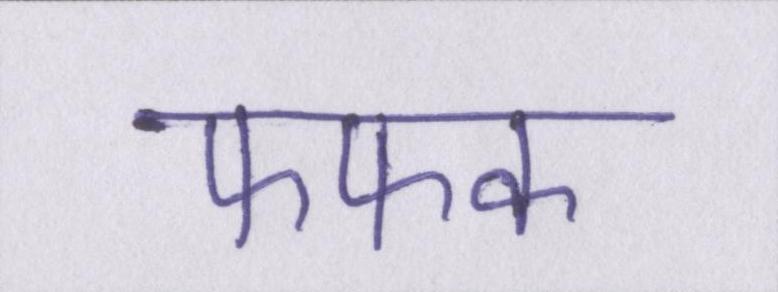
फफक